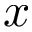
x